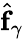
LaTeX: \hat{\mathbf{f}}_{\gamma}